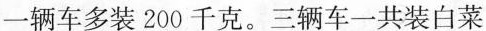
一辆车多装200千克。三辆车一共装白菜